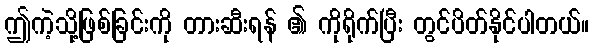
ဤကဲ့သို့ဖြစ်ခြင်းကို တားဆီးရန် ၏ ကိုရိုက်ပြီး တွင်ပိတ်နိုင်ပါတယ်။